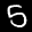
Label: 5